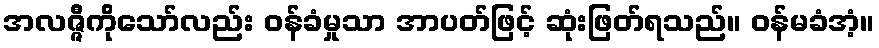
အလဇ္ဇီကိုသော်လည်း ဝန်ခံမှုသာ အာပတ်ဖြင့် ဆုံးဖြတ်ရသည်။ ဝန်မခံအံ့။